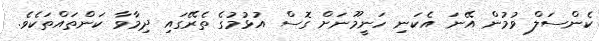
ކެންސަލް ވުމުން އޭނަ އެކަނި ހަނީމޫނަށް ގޮސް އުޅުމުގެ ތެރޭގައި ދިމާވާ ކަންތައްތަކެވެ.